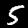
Digit: 5